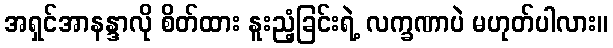
အရှင်အာနန္ဒာလို စိတ်ထား နူးညံ့ခြင်းရဲ့ လက္ခဏာပဲ မဟုတ်ပါလား။